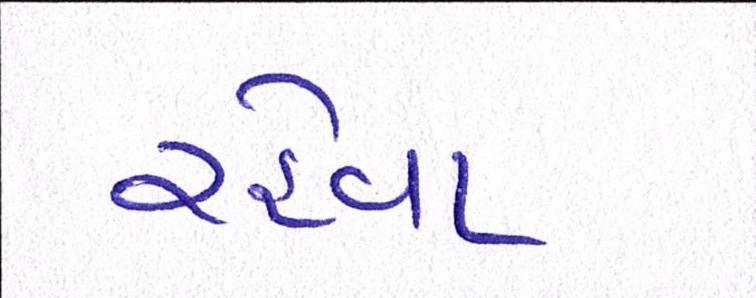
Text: રહેવા